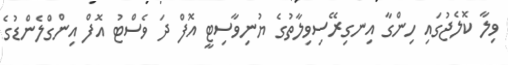
ވިލާ ކޮލެޖުގައި ހިންގާ އިނގިރޭސިވިލާތުގެ ޔުނިވާސިޓީ އޮފް ދަ ވެސްޓު އޮފް އިންގްލެންޑުގެ